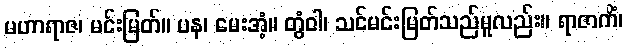
မဟာရာဇ၊ မင်းမြတ်။ ပန၊ မေးအံ့။ တွံဝါ၊ သင်မင်းမြတ်သည်မူလည်း။ ရာဇာကိံ၊